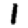
Digit: 1